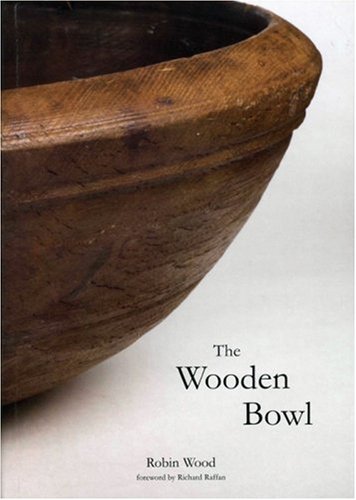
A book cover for The Wooden Bowl; Robin Wood; Crafts, Hobbies & Home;